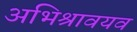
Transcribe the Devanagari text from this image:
अभिश्रावयव